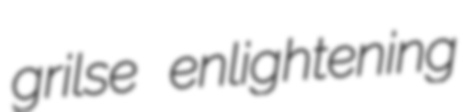
grilse enlightening